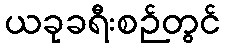
ယခုခရီးစဉ်တွင်